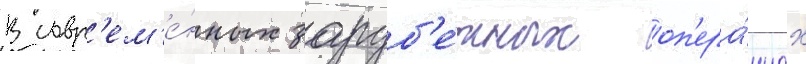
В совр'ем'е́нных заруб'е́жных оп'ера́циах